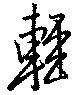
輕